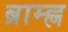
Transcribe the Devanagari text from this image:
ब्राम्ह्ण